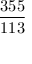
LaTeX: \frac { 3 5 5 } { 1 1 3 }